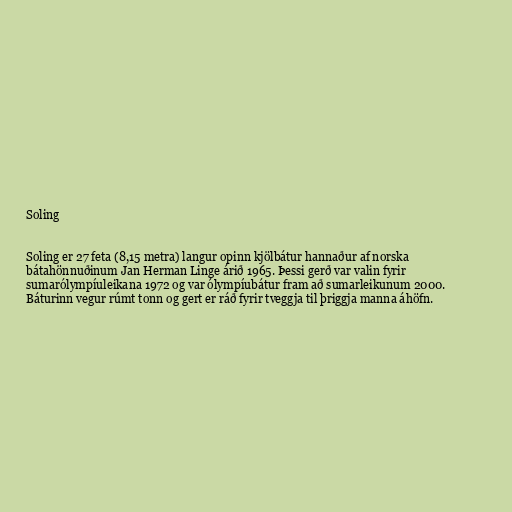
Soling

Soling er 27 feta (8,15 metra) langur opinn kjölbátur hannaður af norska
bátahönnuðinum Jan Herman Linge árið 1965. Þessi gerð var valin fyrir
sumarólympíuleikana 1972 og var ólympíubátur fram að sumarleikunum 2000.
Báturinn vegur rúmt tonn og gert er ráð fyrir tveggja til þriggja manna áhöfn.